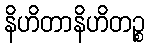
နိဟိတာနိဟိတဉ္စ